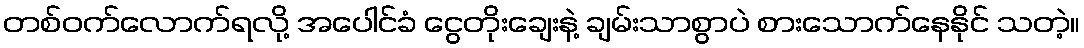
တစ်ဝက်လောက်ရလို့ အပေါင်ခံ ငွေတိုးချေးနဲ့ ချမ်းသာစွာပဲ စားသောက်နေနိုင် သတဲ့။